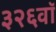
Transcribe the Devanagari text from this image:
३२६वॉ